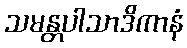
သမန္တပါသာဒိကာနံ